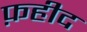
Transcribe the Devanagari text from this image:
फ़हीद